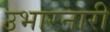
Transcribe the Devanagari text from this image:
उभारनारी